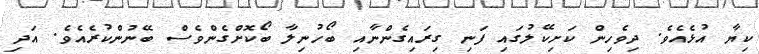
ކިޔާ އުޅެއެވެ. ދިވެހިން ކަށިކޭލުގައި ފަނި ގިރައިގެންނާއި ބޯހުނިލާ ބޯކޮށްގެންވެސް ބޭނުންކުރެއެވެ. އަދި